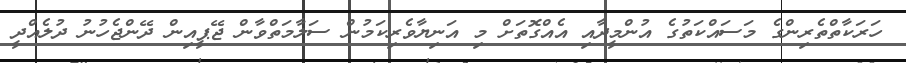
ހަރަކާތްތެރިންގެ މަސައްކަތުގެ އުންމީދާއި އެއްގޮތަށް މި އަނިޔާވެރިކަމުން ސަލާމަތްވާން ޖޭޕީއިން ދޭންޖެހުނު ދުލެއްދީ